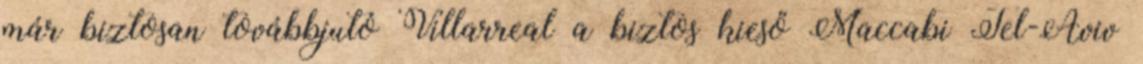
már biztosan továbbjutó Villarreal a biztos kieső Maccabi Tel-Aviv